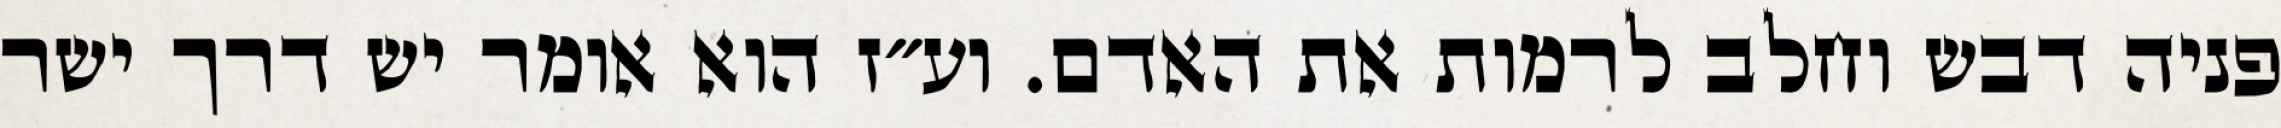
פניה דבש וחלב לרמות את האדם. וע״ז הוא אומר יש דרך ישר